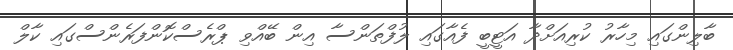
ބާލިންގައި މިހާރު ކުރިއަށްދާ އަޓީބީ ފެއާގައި ލުފްތަންސާ އިން ބޭއްވި ޕްރެސްކޮންފަރެންސްގައި ކާލް